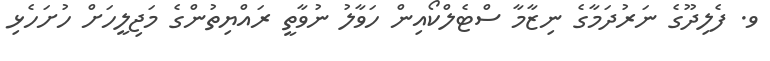
ވ. ފެލިދޫގެ ނަރުދަމާގެ ނިޒާމާ ސްޓެލްކޯއިން ހަވާލު ނުވާތީ ރައްޔިތުންގެ މަޖިލީހަށް ހުށަހެޅި